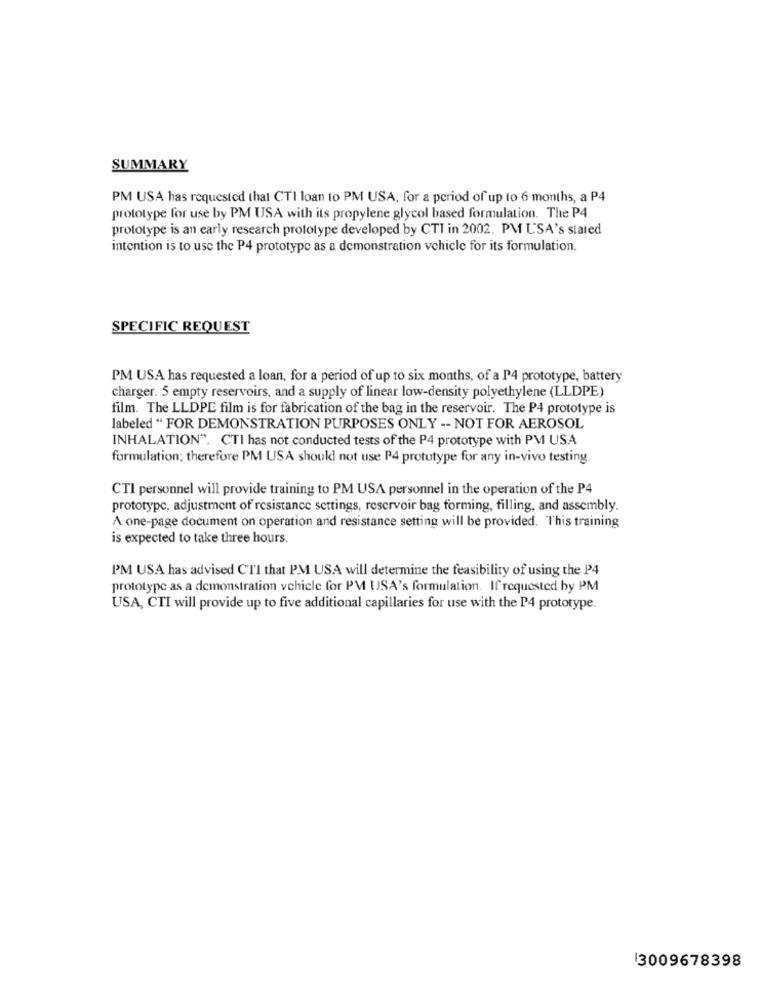
SUMMARY
PM USA has requested that CTI loan to PM USA, for a period of up to 6 months, a P4
prototype for use by PM USA with its propylene glycol based formulation. The P4
prototype is an early research prototype developed by CTT in 2002. PM USA's stated
intention is to use the P4 prototype as a demonstration vehicle for its formulation.
SPECIFIC REQUEST
PM USA has requested a loan, for a period of up to six months, of a P4 prototype, battery
charger. 5 empty reservoirs, and a supply of linear low-density polyethylene (LLDPE)
film. The LLDPE film is for fabrication of the bag in the reservoir. The P4 prototype is
labeled " FOR DEMONSTRATION PURPOSES ONLY -- NOT FOR AEROSOL
INHALATION". CTI has not conducted tests of the P4 prototype with PM USA
formulation; therefore PM USA should not use P4 prototype for any in-vivo testing.
CTI personnel will provide training to PM USA personnel in the operation of the P4
prototypc, adjustment of resistance settings, reservoir bag forming, filling, and assembly.
A one-page document on operation and resistance setting will be provided. This training
is expected to take three hours.
PM USA has advised CTI that PM USA will determine the feasibility of using the P4
prototype as a demonstration vehicle for PM USA's formulation. If requested by PM
USA, CTI will provide up to five additional capillaries for use with the P4 prototype.
3009678398